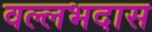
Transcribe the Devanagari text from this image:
वल्लभदास